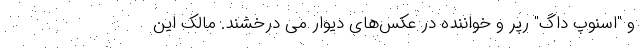
و "اسنوپ داگ" رَپر و خواننده در عکس‌های دیوار می درخشند. مالک این